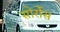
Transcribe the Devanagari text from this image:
सोर्रोस